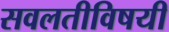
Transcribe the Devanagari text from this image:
सवलतीविषयी